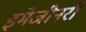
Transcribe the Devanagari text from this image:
इमेजीनरी